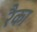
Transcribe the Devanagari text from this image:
रैका